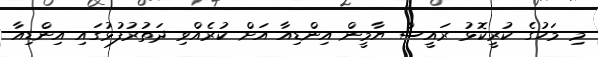
މި މަހުގެ ކުރީކޮޅު ރައީސް ޔާމީން އިންޑިއާ އަށް ކުރެއްވި ދަތުރުފުޅުގައި އިންޑިއާ